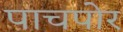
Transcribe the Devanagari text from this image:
पाचपोर